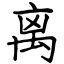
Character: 禼